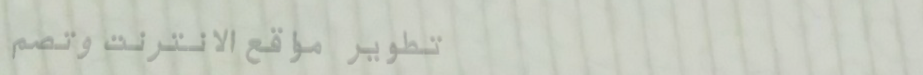
تطوير مواقع الانترنت وتصم